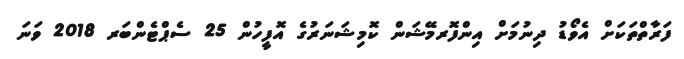
ފަރާތްތަކަށް އެވޯޑު ދިނުމަށް އިންފޮރމޭޝަން ކޮމިޝަނަރުގެ އޮފީހުން 25 ސެޕްޓެންބަރ 2018 ވަނަ